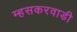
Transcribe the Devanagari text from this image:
म्हसकरवाडी